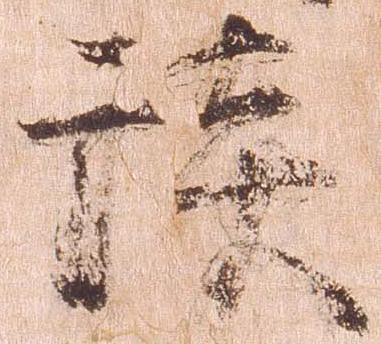
模